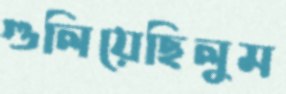
গুলিয়েছিলুম